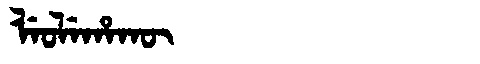
Manchu: ᠯᡝᠣᠯᡝᡥᠠᡴᡡ
Romanization: LEOLEHAKŪ